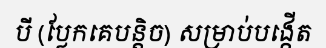
បី (ប្លែកគេបន្តិច) សម្រាប់បង្កើត